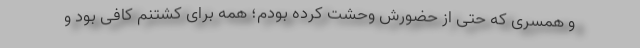
و همسری که حتی از حضورش وحشت کرده بودم؛ همه برای کشتنم کافی بود و